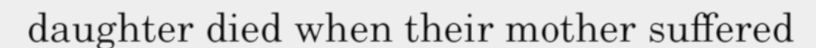
daughter died when their mother suffered